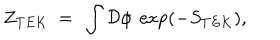
Z _ { T E K } \ = \ \int \mathcal { D } \phi \ \exp ( - S _ { T E K } ) ,